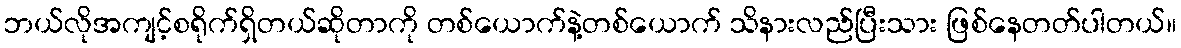
ဘယ်လိုအကျင့်စရိုက်ရှိတယ်ဆိုတာကို တစ်ယောက်နဲ့တစ်ယောက် သိနားလည်ပြီးသား ဖြစ်နေတတ်ပါတယ်။